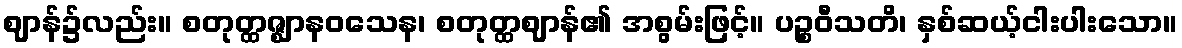
ဈာန်၌လည်း။ စတုတ္ထဇ္ဈာနဝသေန၊ စတုတ္ထဈာန်၏ အစွမ်းဖြင့်။ ပဉ္စဝီသတိ၊ နှစ်ဆယ့်ငါးပါးသော။